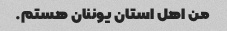
من اهل استان یوننان هستم.